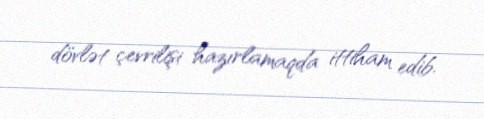
dövlət çevrilişi hazırlamaqda ittiham edib.